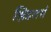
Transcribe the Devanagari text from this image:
श्निडलर्स